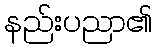
နည်းပညာ၏